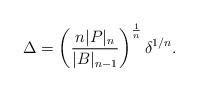
LaTeX: \begin{align*}\Delta=\left(\frac{n|P|_n}{|B|_{n-1}}\right)^{\frac{1}{n}}\delta^{1/n}.\end{align*}